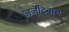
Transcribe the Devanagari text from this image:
अर्जेंटिनाचे